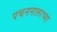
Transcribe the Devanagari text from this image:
पचननालाच्या